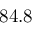
8 4 . 8